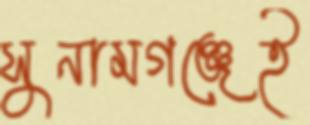
সুনামগঞ্জেই